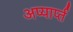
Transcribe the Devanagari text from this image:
अप्यार्प्त